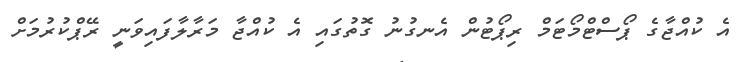
އެ ކުއްޖާގެ ޕޯސްޓްމޯޓަމް ރިޕޯޓުން އެނގުނު ގޮތުގައި އެ ކުއްޖާ މަރާލާފައިވަނީ ރޭޕްކުރުމަށް